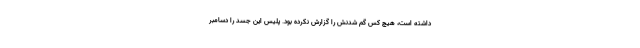
داشته است، هیچ کس گم شدنش را گزارش نکرده بود. پلیس این جسد را دسامبر